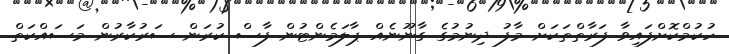
ހުކުމްކޮށްފައިވާ ފަރާތްތަކަށް މާފު ދިނުމުގެ ގާނޫނެއް ޕާލަމެންޓުން ފާސް ކުރަން ސަރުކާރުން މަސައްކަތް